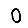
Digit: 0